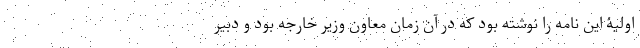
اولیۀ این نامه را نوشته بود که در آن زمان معاون وزیر خارجه بود و دبیر